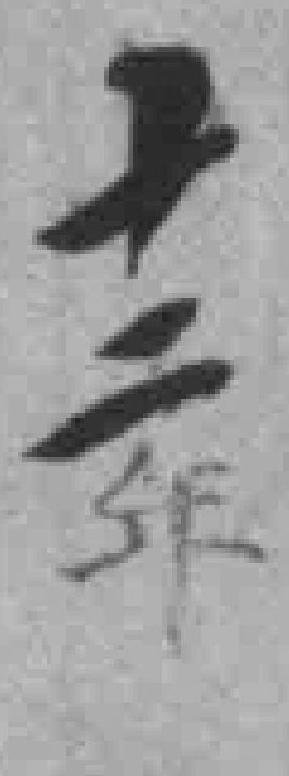
十二年